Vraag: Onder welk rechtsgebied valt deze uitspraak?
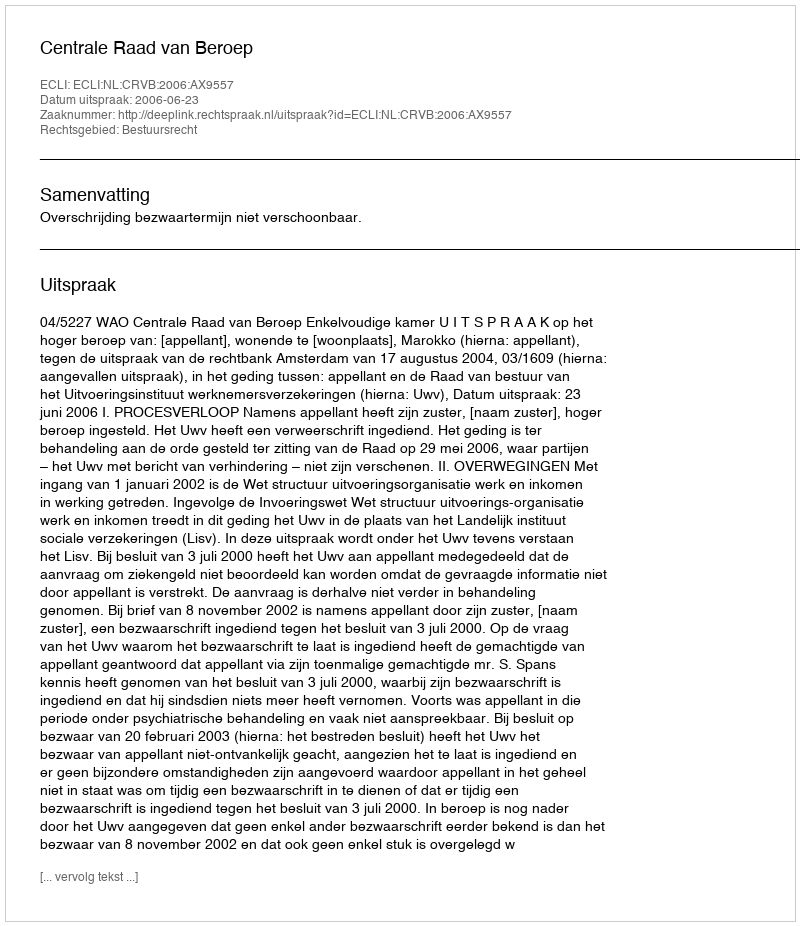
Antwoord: Bestuursrecht